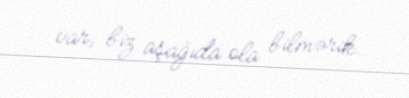
var, biz aşağıda ola bilmərik.